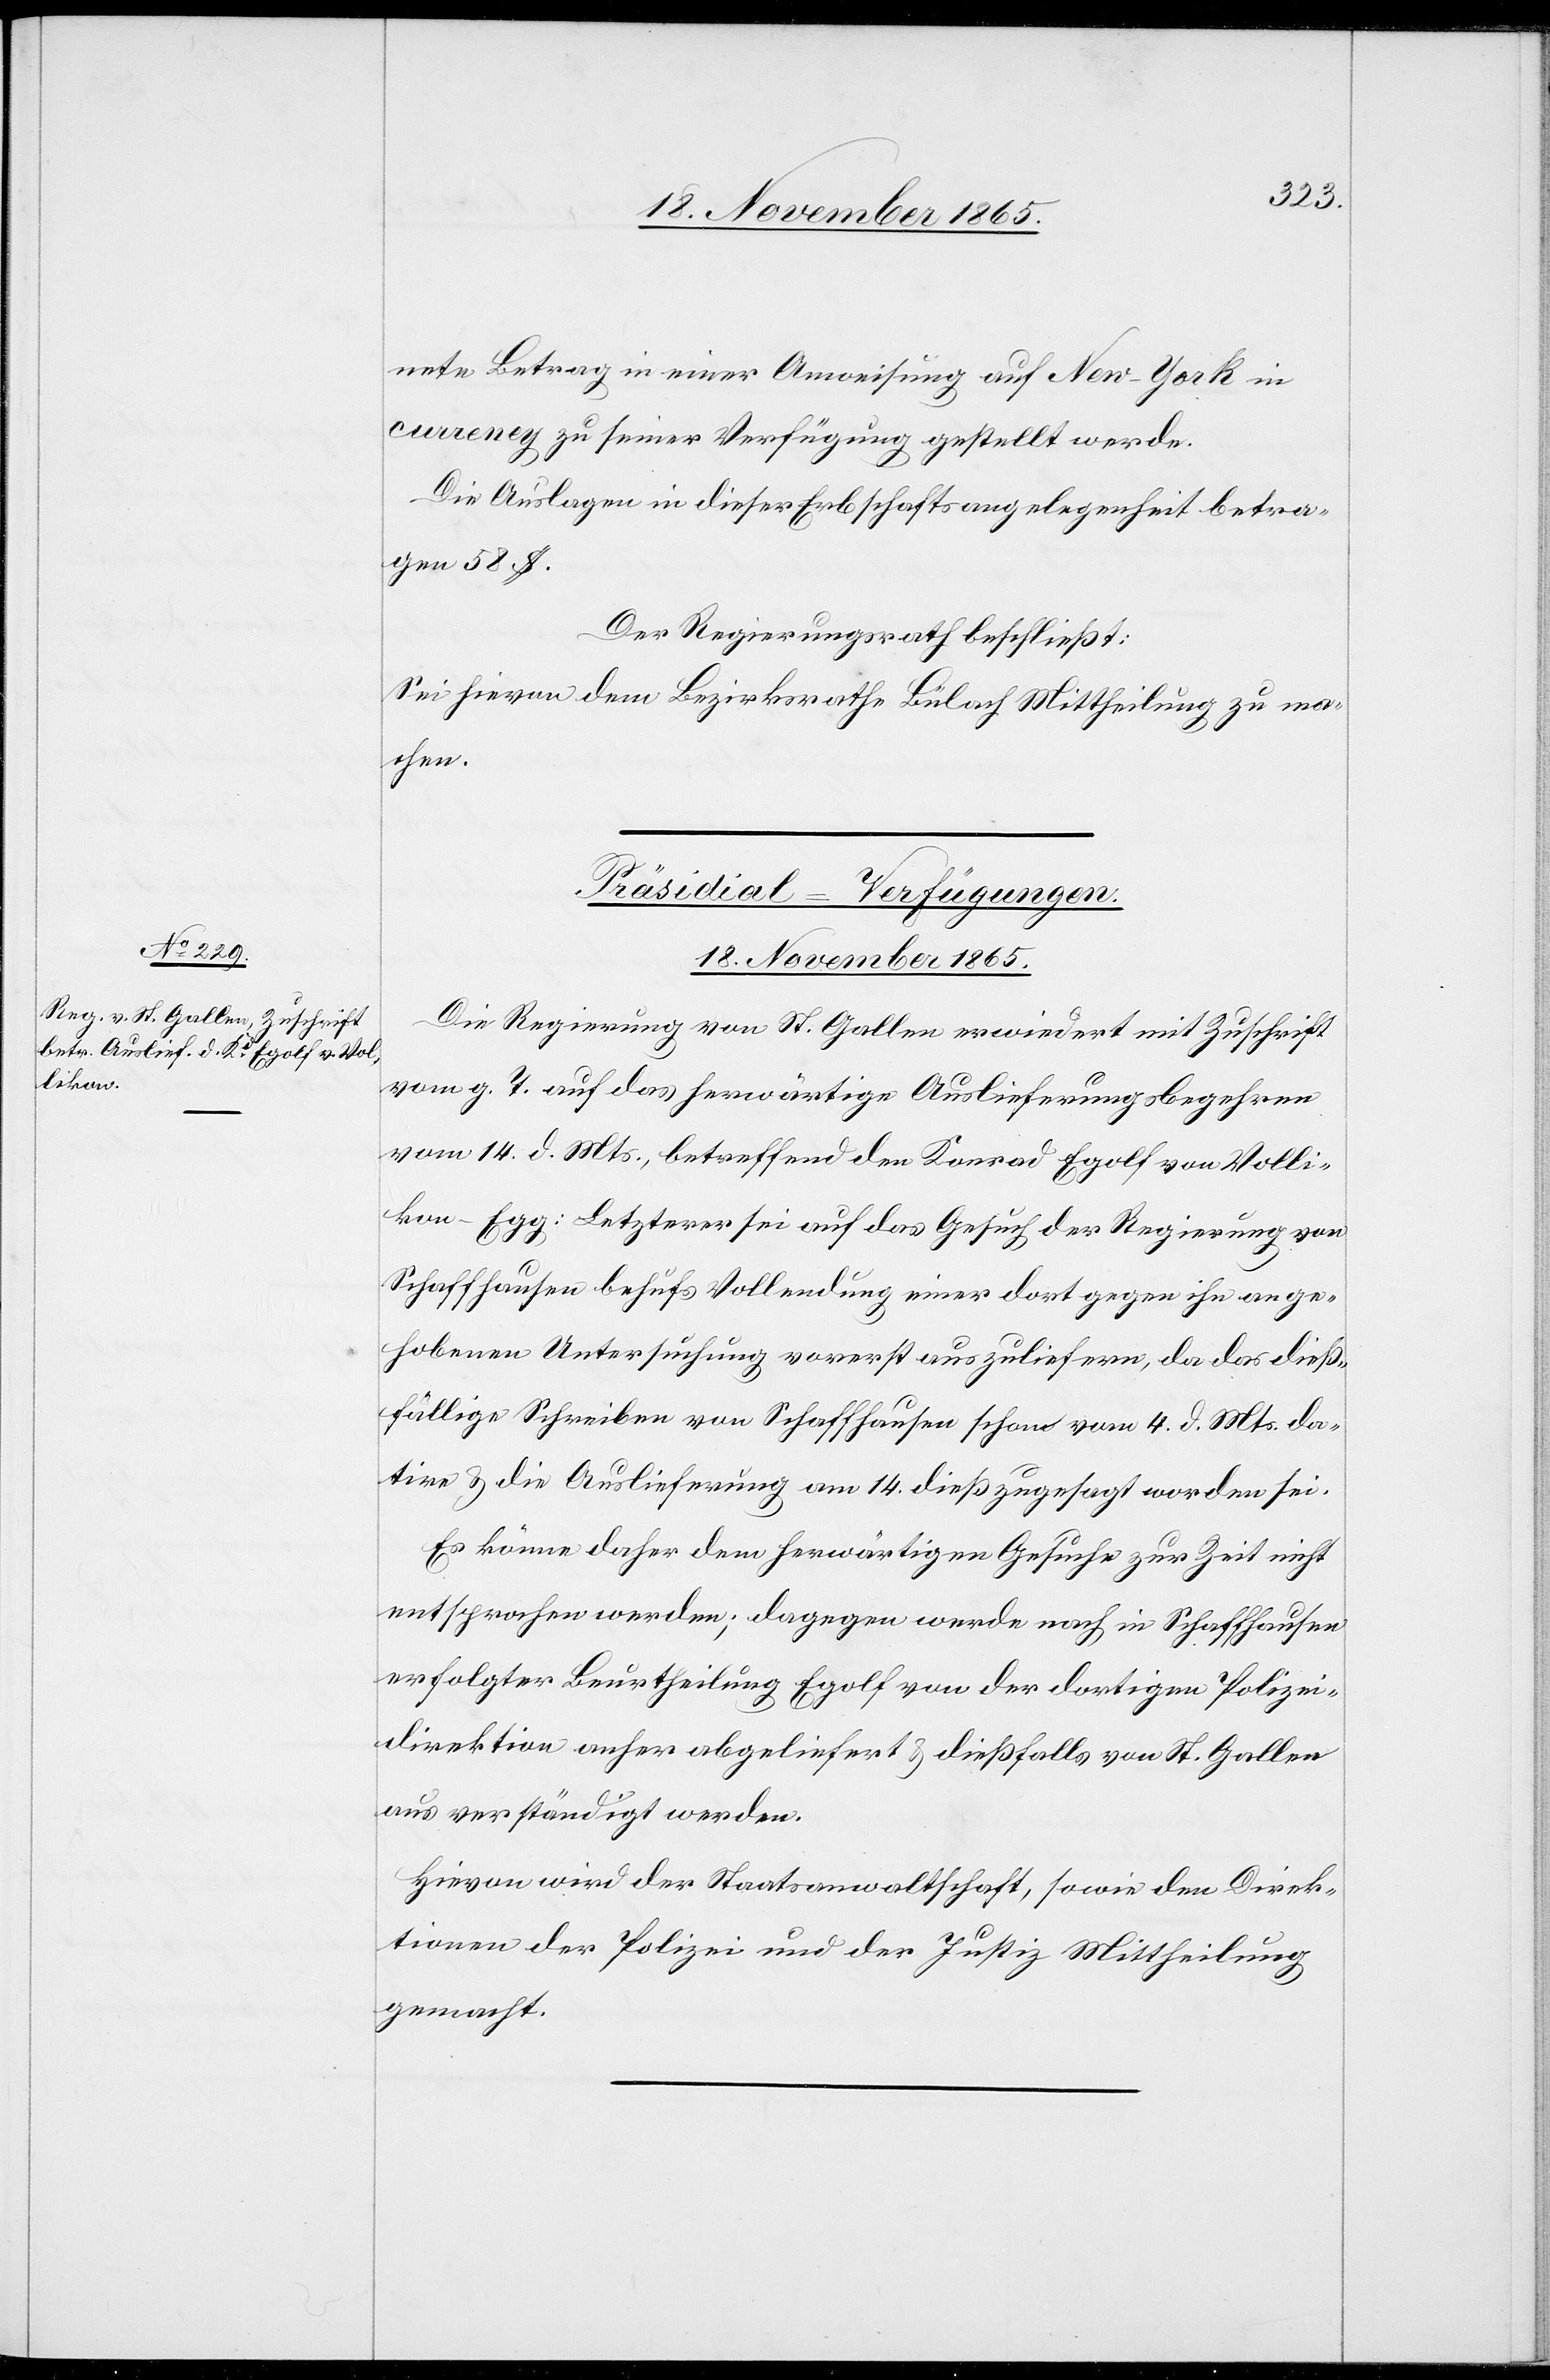
18. November 1865.
nete Betrag in einer Anweisung auf New-York in
currency zu seiner Verfügung gestellt werde.
Die Auslagen in dieser Erbschaftsangelegenheit betra¬
gen 58 $.
Der Regierungsrath beschließt:
Sei hievon dem Bezirksrathe Bülach Mittheilung zu ma¬
chen.
Präsidial-Verfügungen.
Die Regierung von St. Gallen erwiedert mit Zuschrift
vom g. T. auf das herwärtige Auslieferungsbegehren
vom 14. d. Mts., betreffend den Konrad Egolf von Volli¬
kon - Egg: Letzterer sei auf das Gesuch der Regierung von
Schaffhausen behufs Vollendung einer dort gegen ihn ange¬
hobenen Untersuchung vorerst auszuliefern, da das dieß¬
fällige Schreiben von Schaffhausen schon vom 4. d. Mts. da¬
tire & die Auslieferung am 14. dieß zugesagt worden sei.
Es könne daher dem herwärtigen Gesuche zur Zeit nicht
entsprochen werden; dagegen werde nach in Schaffhausen
erfolgter Beurtheilung Egolf von der dortigen Polizei¬
direktion anher abgeliefert & dießfalls von St. Gallen
aus verständigt werden
Hievon wird der Staatsanwaltschaft, sowie den Direk¬
tionen der Polizei und der Justiz Mittheilung
gemacht.